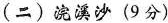
(二)浣溪沙(9分)